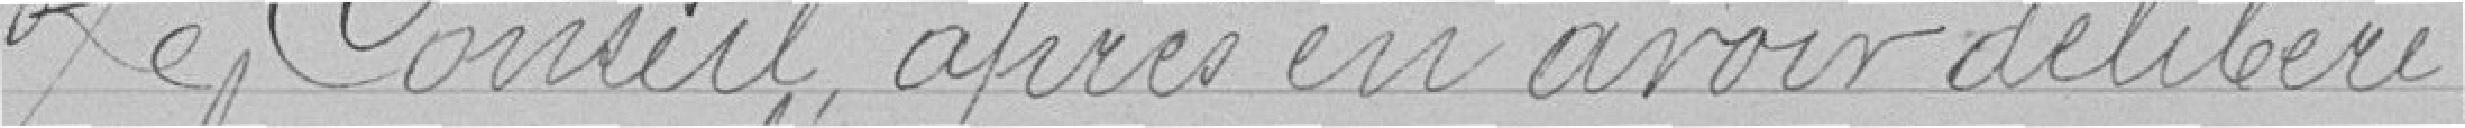
Le conseil, après en avoir délibéré,